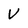
Character: V